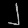
Digit: ၂